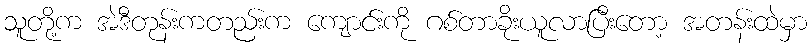
သူတို့က အဲဒီတုန်းကတည်းက ကျောင်းကို ဂစ်တာခိုးယူလာပြီးတော့ အတန်းထဲမှာ